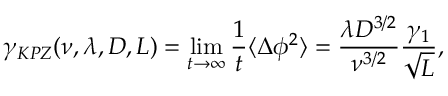
\gamma _ { K P Z } ( \nu , \lambda , D , L ) = \operatorname* { l i m } _ { t \to \infty } \frac { 1 } { t } \langle \Delta \phi ^ { 2 } \rangle = \frac { \lambda D ^ { 3 / 2 } } { \nu ^ { 3 / 2 } } \frac { \gamma _ { 1 } } { \sqrt { { L } } } ,